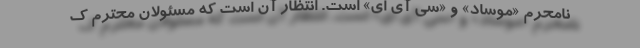
نامحرم «موساد» و «سی آی ای» است. انتظار آن است که مسئولان محترم ک